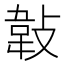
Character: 𢾁